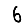
Digit: 6